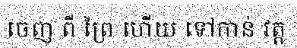
ចេញ ពី ព្រៃ ហើយ ទៅកាន់ វត្ត